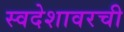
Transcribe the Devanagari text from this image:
स्वदेशावरची